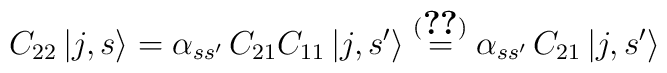
C_{22}\left| j,s\right> = \alpha_{s s'}\, C_{21}C_{11}\left| j,s'\right>\stackrel{(\ref{p3.2})}{=}\alpha_{s s'}\, C_{21}\left| j,s'\right>